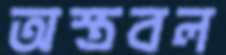
অস্ত্রবল